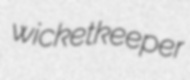
wicketkeeper